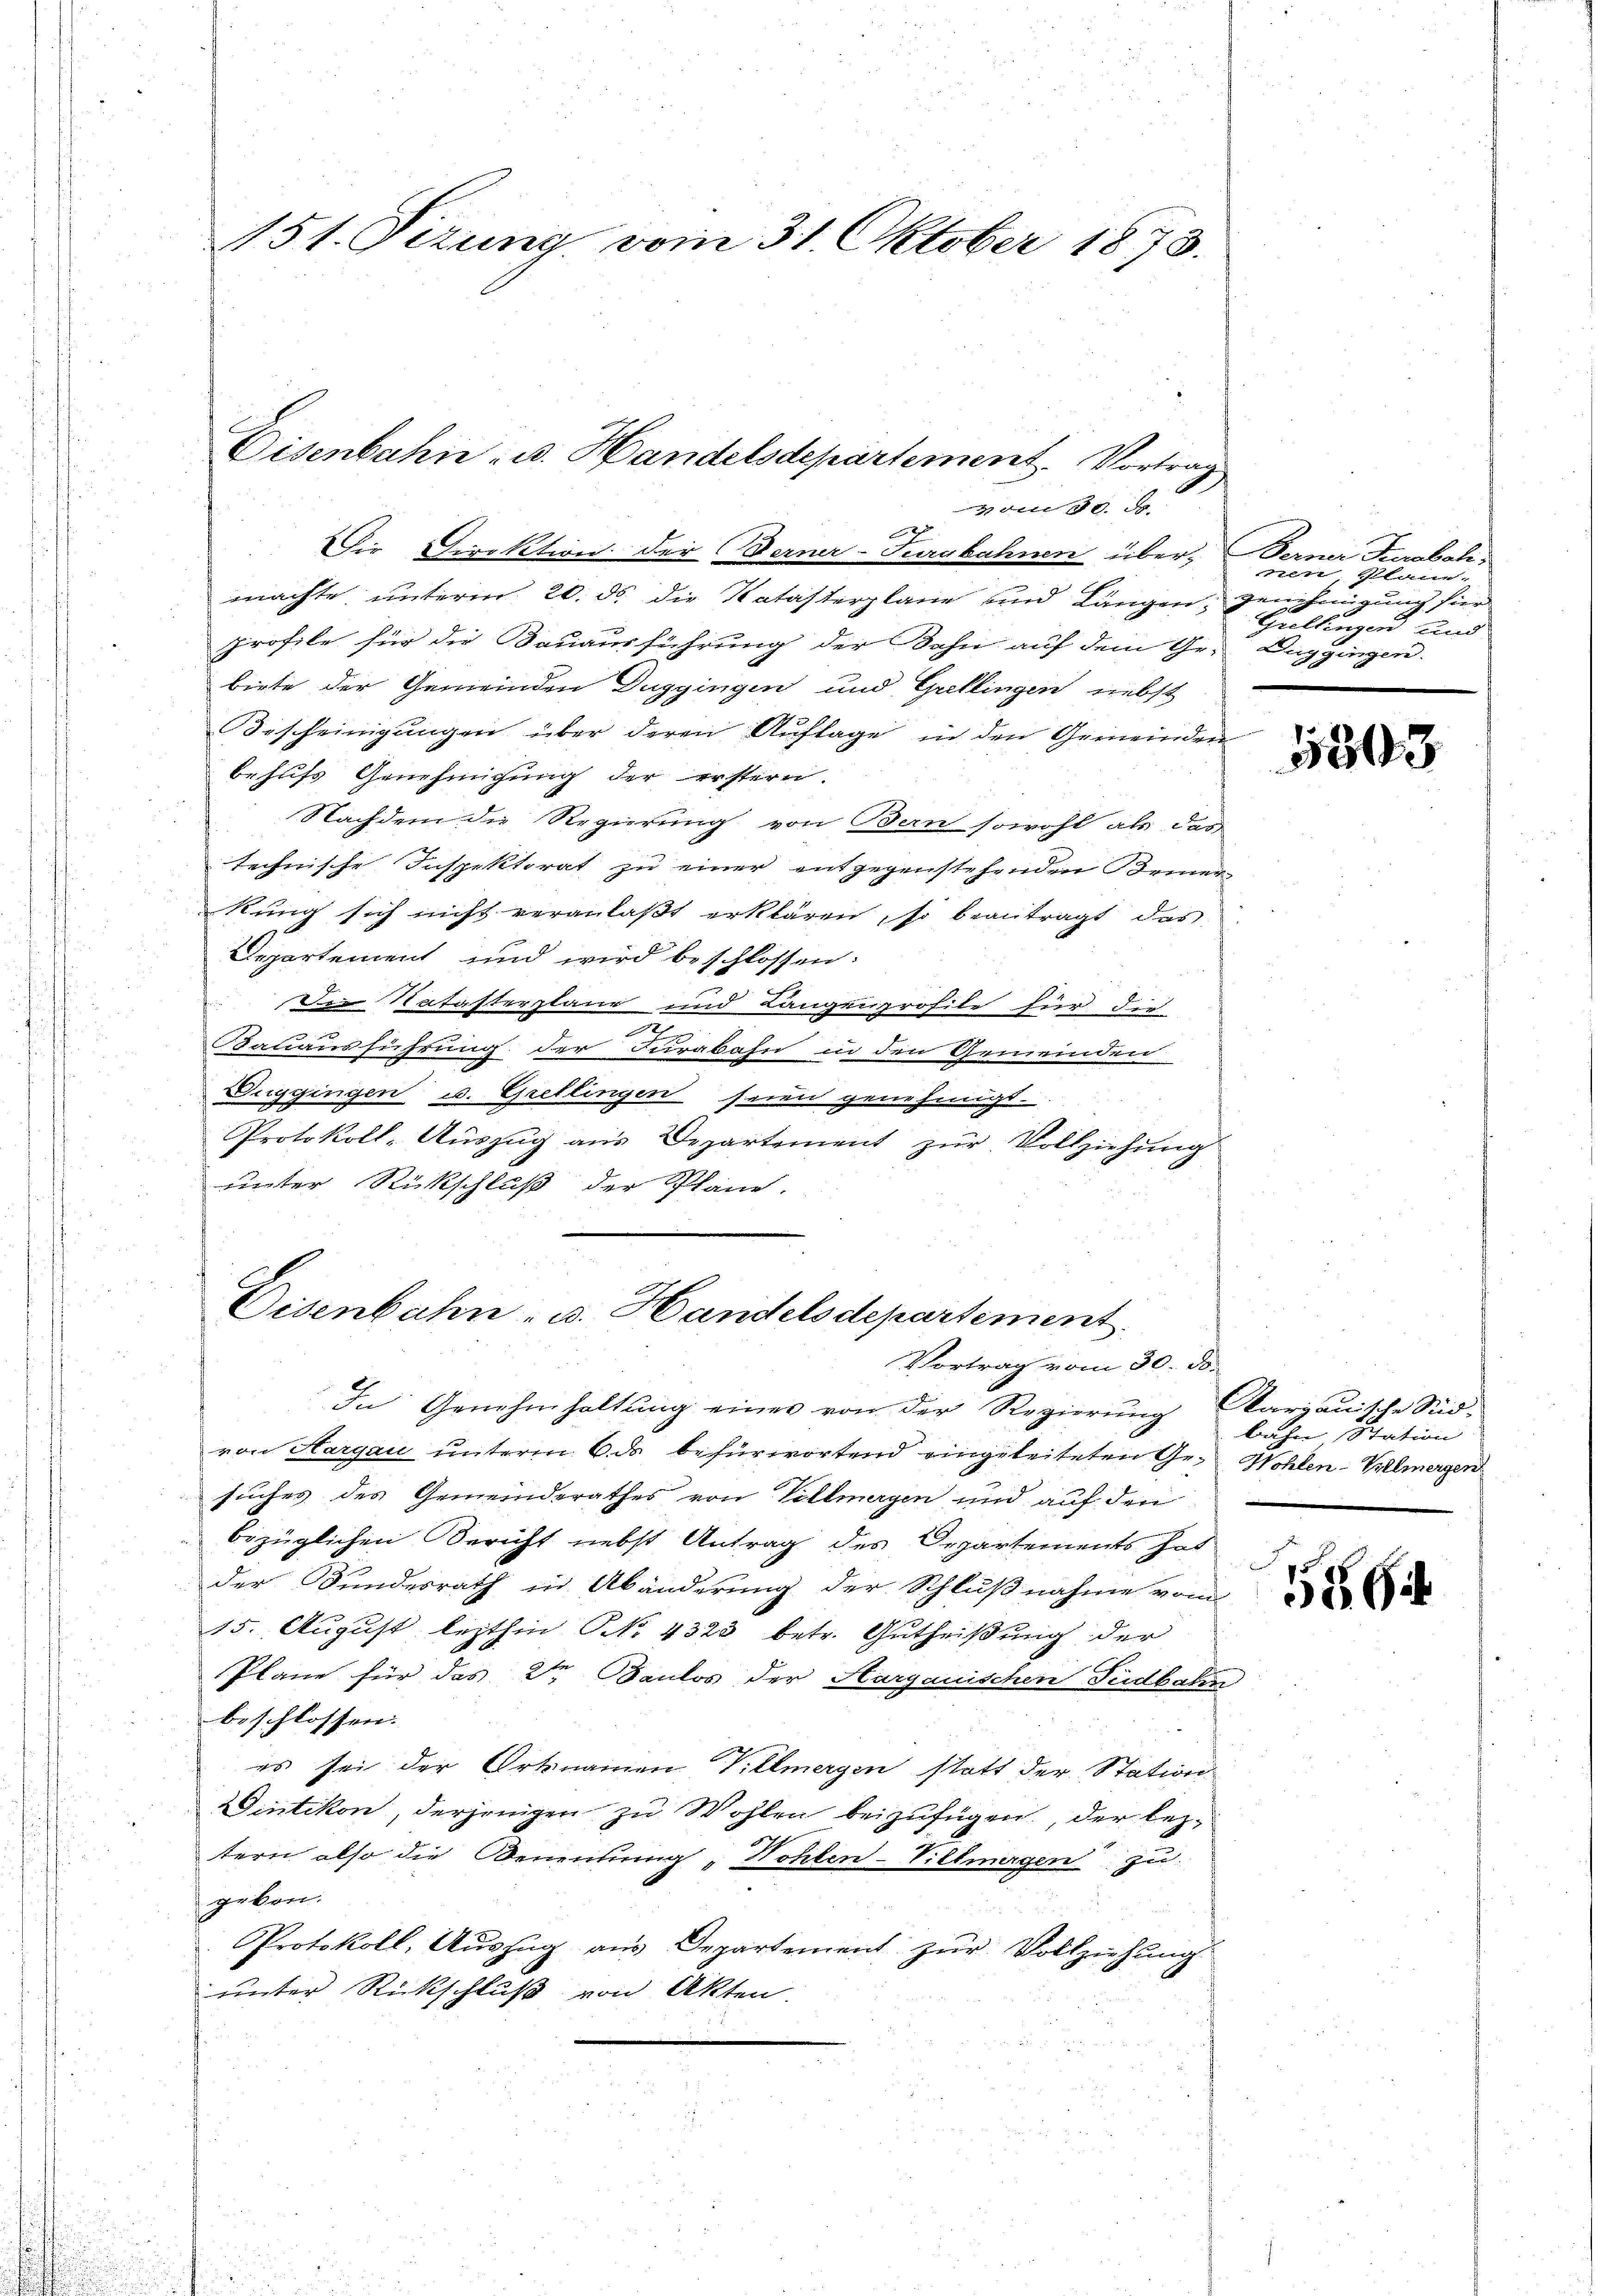
151. Sizung vom 31. Oktober 1873.

Disenbahn - u. Handelsdepartement. Vortrag,

on 30.
Dir Direktion der Berner-Turubahnen über, Berner Turabah-
machte unterm 20. ds. die Katasterplane und Langen, Genehmigung für
profile für die Bauausführung der Sohn auf dem Ge- Duggingen.
biete der Gemeinden Duggingen und Grellingen nebst
Bescheinigungen über deren Auflage in den Gemeinden
behufs Genehmigung der erstern.
Nachdem die Regierung von Bern sowohl als das
technische Inspektorat zu einer entgegenstehenden Bemer-
kung sich nicht veranlaßt erklären, so beantragt das
Departement und wird beschlossen:
Die Natasterplane und Langenprofile für die
Bauausführung der Jurabahn in den Gemeinden
Tuggingen u. Grellingen seien genehmigt.
Protokoll-Auszug aus Departement zur Vollziehung
unter Rückschluß der Pläne.
Disenbahn- u. Handelsdepartement

Vortrag vom 30. d.

In Genehmhaltŭng einer von der Regierŭng Aargauische Seid-
von Aargau unterm 6. ds befürwortend eingeleiteten Ge- Wohlen- Vielmergen
suches des Gemeinderathes von Villmagen und auf den
bezüglichen Bericht nebst Antrag des Departements hat
der Bundesrath in Abänderung der Schlußnahme vom
15. August lezthin N. 4323 betr. Gutheißung der
Plane für das 2ten Baulos der Aargauischen Südbahn
beschlossen.
es sei der Ortsnamen Villmergen statt der Station
intikon, derjenigen zu Wohlen beizufügen, der leztern also die Benennung „Hohlen-Villmagen zu
geben.
Protokoll, Aŭszŭg aŭs Departement zŭr Vollziehung
unter Rückschluß von Akten.

nen, Plane-
Grellingen und

5303

bahn Station |

5864